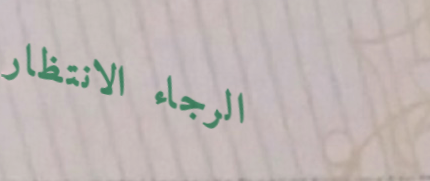
الرجاء الانتظار